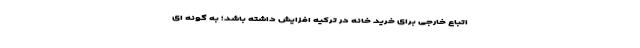
اتباع خارجی برای خرید خانه در ترکیه افزایش داشته باشد؛ به گونه ای